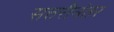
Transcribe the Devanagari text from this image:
सत्तरीनंतर